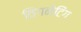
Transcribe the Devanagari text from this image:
विगनेटिंग